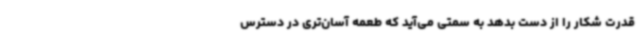
قدرت شکار را از دست بدهد به سمتی می‌آید که طعمه‌ آسان‌تری در دسترس